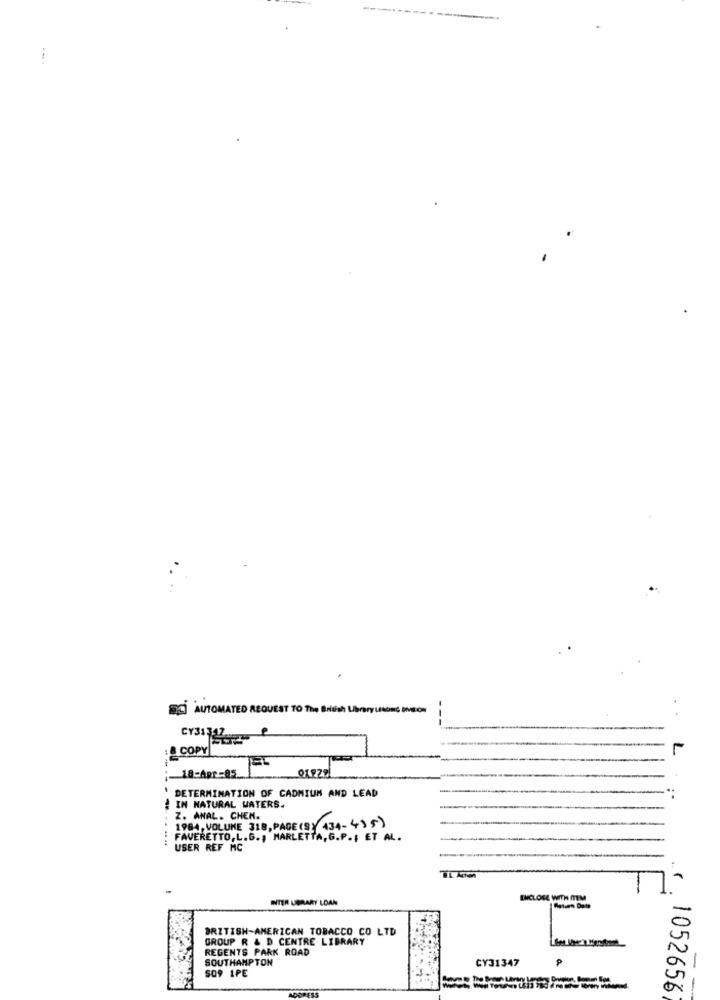
AUTOMATED REQUEST TO The British Library LONG IMION
CY31311
&COPY
L
01979
;18-Apr-05
' DETERMINATION OF CADMIUM AND LEAD
:.
IN NATURAL WATERS.
Z. ANAL. CHEN.
1984, VOLUME 318, PAGE(S) 434-435)
FAVERETTO,L.G ., MARLETTA, G.P .; ET AL.
USER REF MC
INTER LIBRARY LOAN
ENCLOLE WITH ITEM
BRITISH-AMERICAN TOBACCO CO LTD
GROUP R & D CENTRE LIBRARY
REGENTS PARK ROAD
SOUTHAMPTON
CY31347
P
509 1PE
-
1052656
-